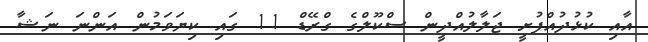
އާއި ކުޅުދުއްފުށީ ޖަލާލުއްދީން ސްކޫލްގެ ގްރޭޑް 11 ގައި ކިޔަވަމުން އަންނަ ނަޝާ